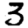
Digit: 3